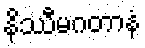
နိဿီမဂတာနံ